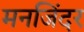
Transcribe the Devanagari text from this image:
मनजिंदर